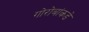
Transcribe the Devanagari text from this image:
गोरोबांकडे